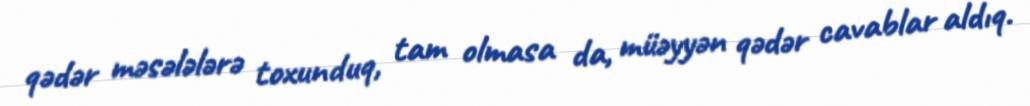
qədər məsələlərə toxunduq, tam olmasa da, müəyyən qədər cavablar aldıq.